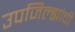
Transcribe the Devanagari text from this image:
उपजिल्ह्यांची